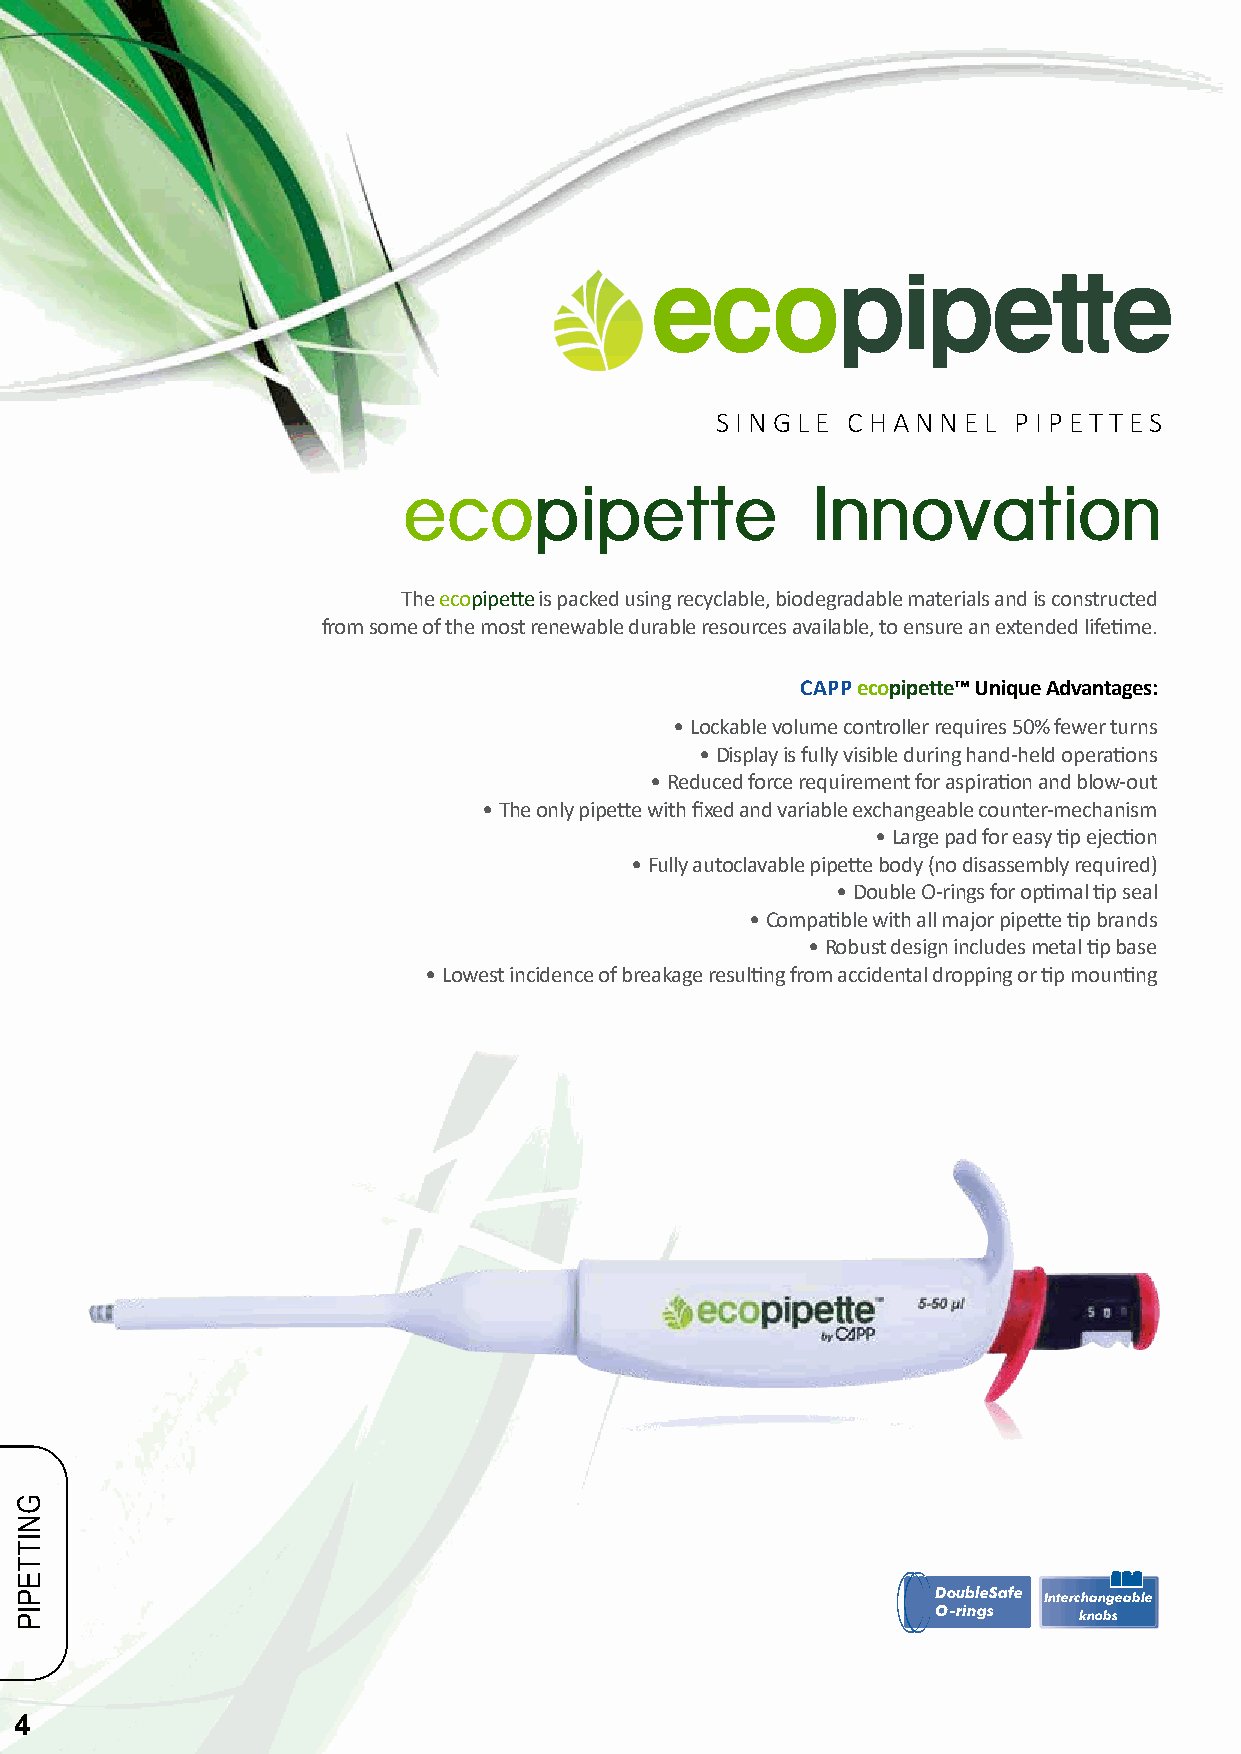
SINGLE   CHANNEL    PIPET TES
 The ecopipette is packed using recyclable, biodegradable materials and is constructed
 from some of the most renewable durable resources available, to ensure an extended lifetime.
 CAPP ecopipette™ Unique Advantages:
 • Lockable volume controller requires 50% fewer turns
 • Display is fully visible during hand-held operations
 • Reduced force requirement for aspiration and blow-out
 • The only pipette with fixed and variable exchangeable counter-mechanism
 • Large pad for easy tip ejection
 • Fully autoclavable pipette body (no disassembly required)
 • Double O-rings for optimal tip seal
 • Compatible with all major pipette tip brands
 • Robust design includes metal tip base
 • Lowest incidence of breakage resulting from accidental dropping or tip mounting
 DoubleSafe Interchangeable
 O-rings  knobs
 4
 GNITTEPIP